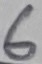
Text: SW